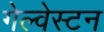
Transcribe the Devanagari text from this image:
गेल्‍वेस्‍टन